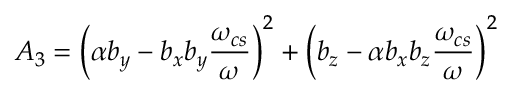
A _ { 3 } = \left( \alpha b _ { y } - b _ { x } b _ { y } \frac { \omega _ { c s } } { \omega } \right) ^ { 2 } + \left( b _ { z } - \alpha b _ { x } b _ { z } \frac { \omega _ { c s } } { \omega } \right) ^ { 2 }